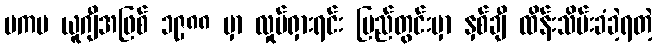
ဗကပ ယူဂျီအဖြစ် ၁၉၈၈ မှာ လှုပ်ရှားရင်း ပြည်တွင်းမှာ နှစ်ချီ ထိန်းသိမ်းခံခဲ့ရတဲ့